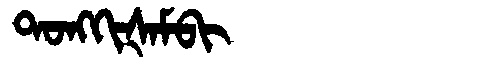
Manchu: ᡨᠣᠩᡴᡳᡧᠠᠮᠪᡳ
Romanization: TONGKIŠAMBI